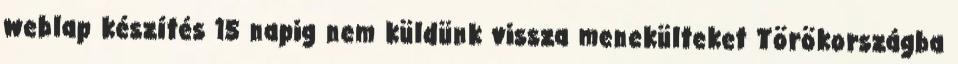
weblap készítés 15 napig nem küldünk vissza menekülteket Törökországba